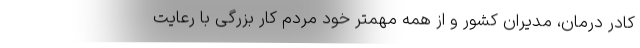
کادر درمان، مدیران کشور و از همه مهمتر خود مردم کار بزرگی با رعایت